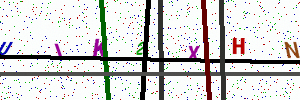
Text: ULK2XHN